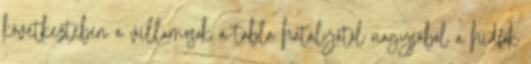
következtében a villamosok a tábla hatályától nagyjából a hídfők